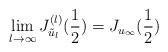
LaTeX: \begin{align*}\lim_{l\rightarrow \infty} J_{\tilde{u}_l}^{(l)}(\frac{1}{2})= J_{u_{\infty}}(\frac{1}{2}) \end{align*}